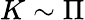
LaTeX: K\sim\Pi